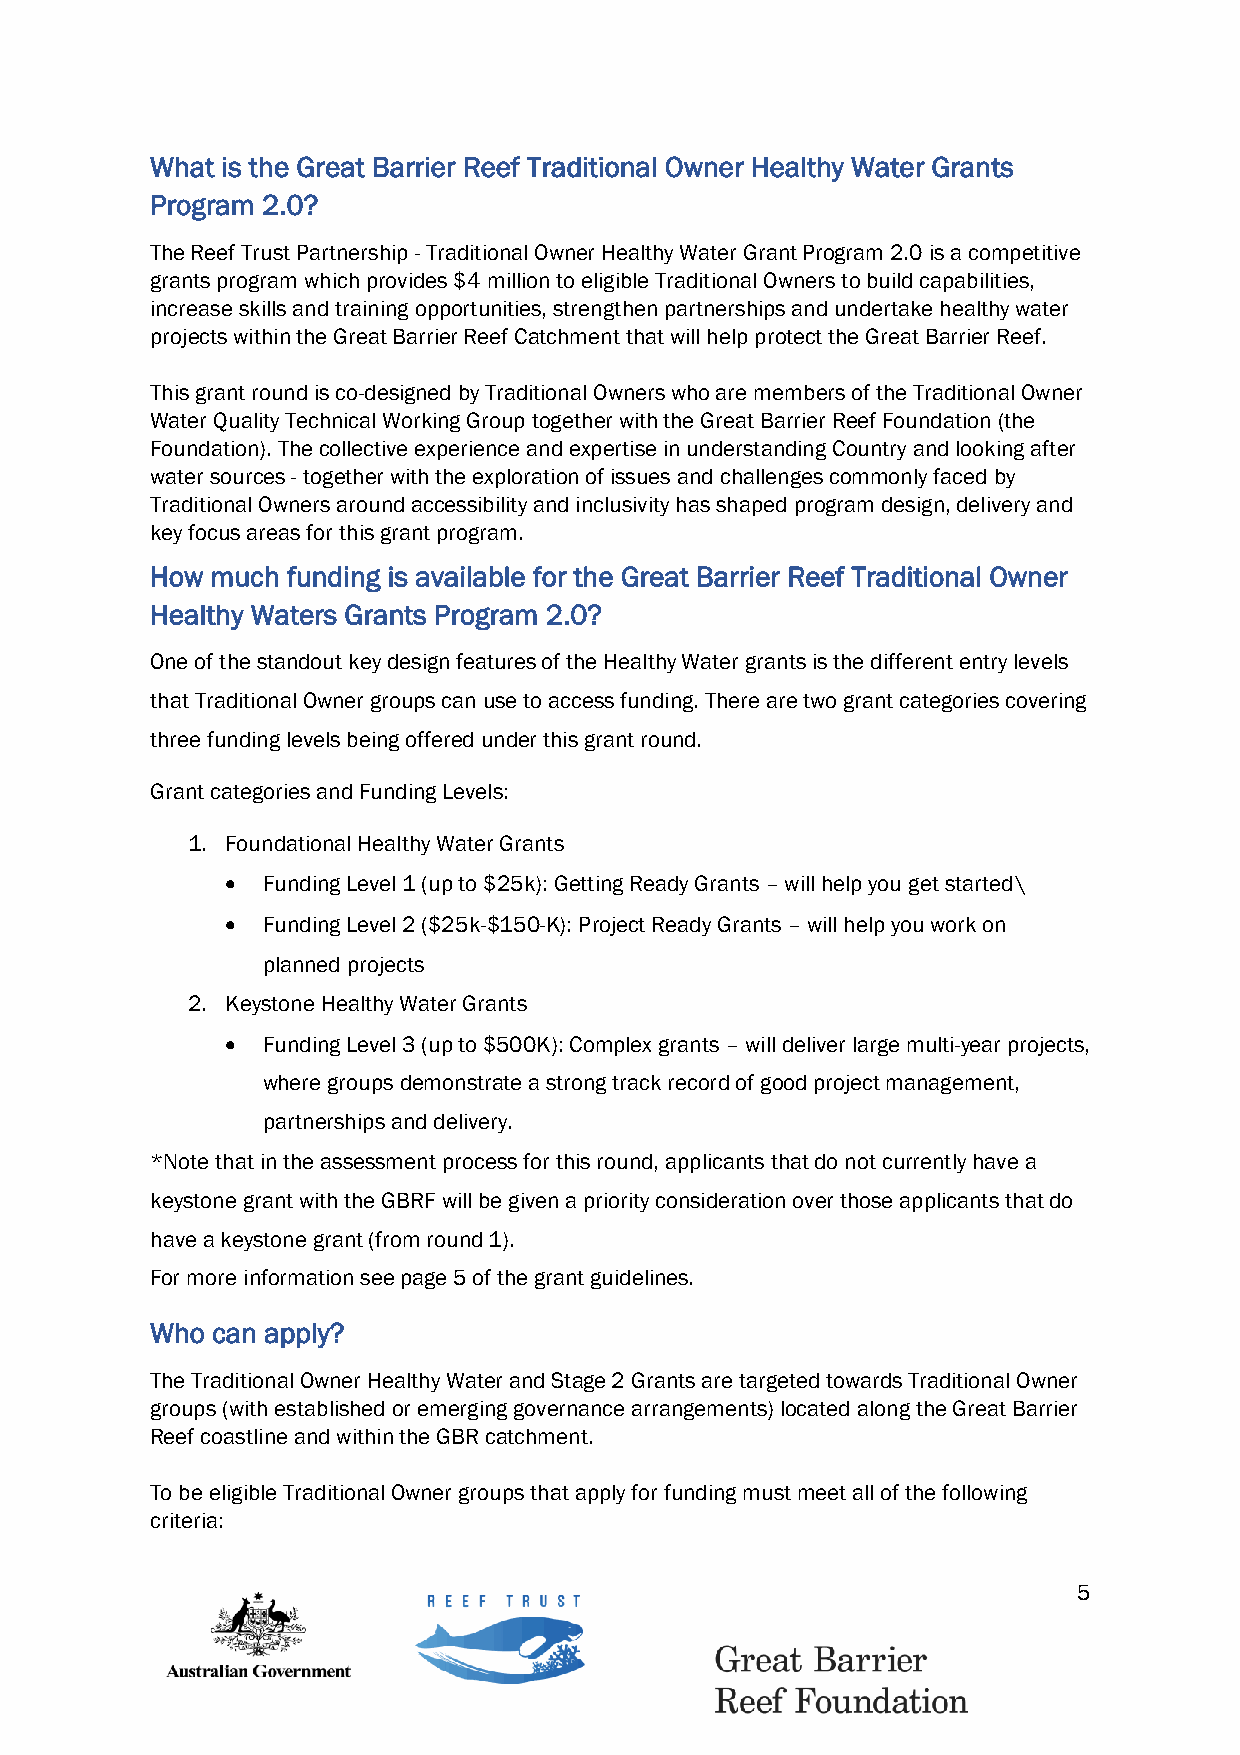
What is the Great Barrier Reef Traditional Owner Healthy Water Grants
 Program 2.0?
 The Reef Trust Partnership - Traditional Owner Healthy Water Grant Program 2.0 is a competitive
 grants program which provides $4 million to eligible Traditional Owners to build capabilities,
 increase skills and training opportunities, strengthen partnerships and undertake healthy water
 projects within the Great Barrier Reef Catchment that will help protect the Great Barrier Reef.
 This grant round is co-designed by Traditional Owners who are members of the Traditional Owner
 Water Quality Technical Working Group together with the Great Barrier Reef Foundation (the
 Foundation). The collective experience and expertise in understanding Country and looking after
 water sources - together with the exploration of issues and challenges commonly faced by
 Traditional Owners around accessibility and inclusivity has shaped program design, delivery and
 key focus areas for this grant program.
 How much funding is available for the Great Barrier Reef Traditional Owner
 Healthy Waters Grants Program 2.0?
 One of the standout key design features of the Healthy Water grants is the different entry levels
 that Traditional Owner groups can use to access funding. There are two grant categories covering
 three funding levels being offered under this grant round.
 Grant categories and Funding Levels:
 1. Foundational Healthy Water Grants
 • Funding Level 1 (up to $25k): Getting Ready Grants – will help you get started\
 • Funding Level 2 ($25k-$150-K): Project Ready Grants – will help you work on
 planned projects
 2. Keystone Healthy Water Grants
 • Funding Level 3 (up to $500K): Complex grants – will deliver large multi-year projects,
 where groups demonstrate a strong track record of good project management,
 partnerships and delivery.
 *Note that in the assessment process for this round, applicants that do not currently have a
 keystone grant with the GBRF will be given a priority consideration over those applicants that do
 have a keystone grant (from round 1).
 For more information see page 5 of the grant guidelines.
 Who can apply?
 The Traditional Owner Healthy Water and Stage 2 Grants are targeted towards Traditional Owner
 groups (with established or emerging governance arrangements) located along the Great Barrier
 Reef coastline and within the GBR catchment.
 To be eligible Traditional Owner groups that apply for funding must meet all of the following
 criteria:
 5